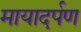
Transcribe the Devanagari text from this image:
मायादर्पण